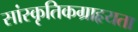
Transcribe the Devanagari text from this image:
सांस्कृतिकग्राहृयता